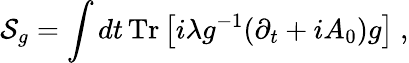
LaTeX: {\cal S}_{g}=\int dt\, \mathrm{Tr}\left[i\lambda g^{-1}(\partial_{t}+iA_{0})g\right]~,